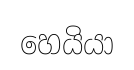
හෙයියා